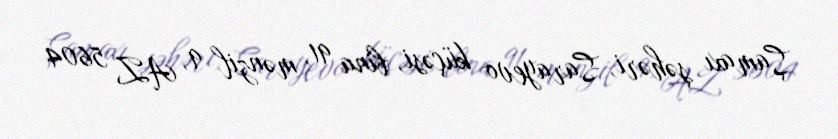
Şamaxı şəhəri, Sarayevo küçəsi, bina 91, mənzil 9, AZ 5604